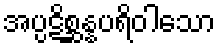
အပ္ပဋိစ္ဆန္နပရိဝါသော